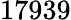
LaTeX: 17939